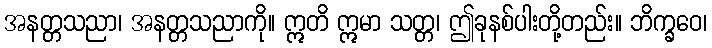
အနတ္တသညာ၊ အနတ္တသညာကို။ ဣတိ ဣမာ သတ္တ၊ ဤခုနစ်ပါးတို့တည်း။ ဘိက္ခဝေ၊